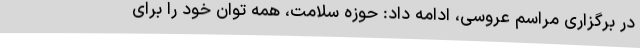
در برگزاری مراسم‌ عروسی، ادامه داد: حوزه سلامت، همه توان خود را برای